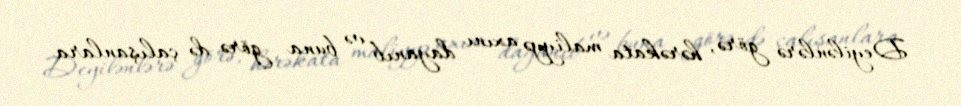
Deyilənlərə görə, hərəkata maliyyə axını dayanıb və buna görə də çalışanlara